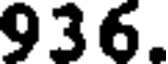
936.